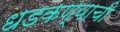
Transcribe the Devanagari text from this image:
धडकण्याची